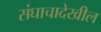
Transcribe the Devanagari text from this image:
संघाचादेखील